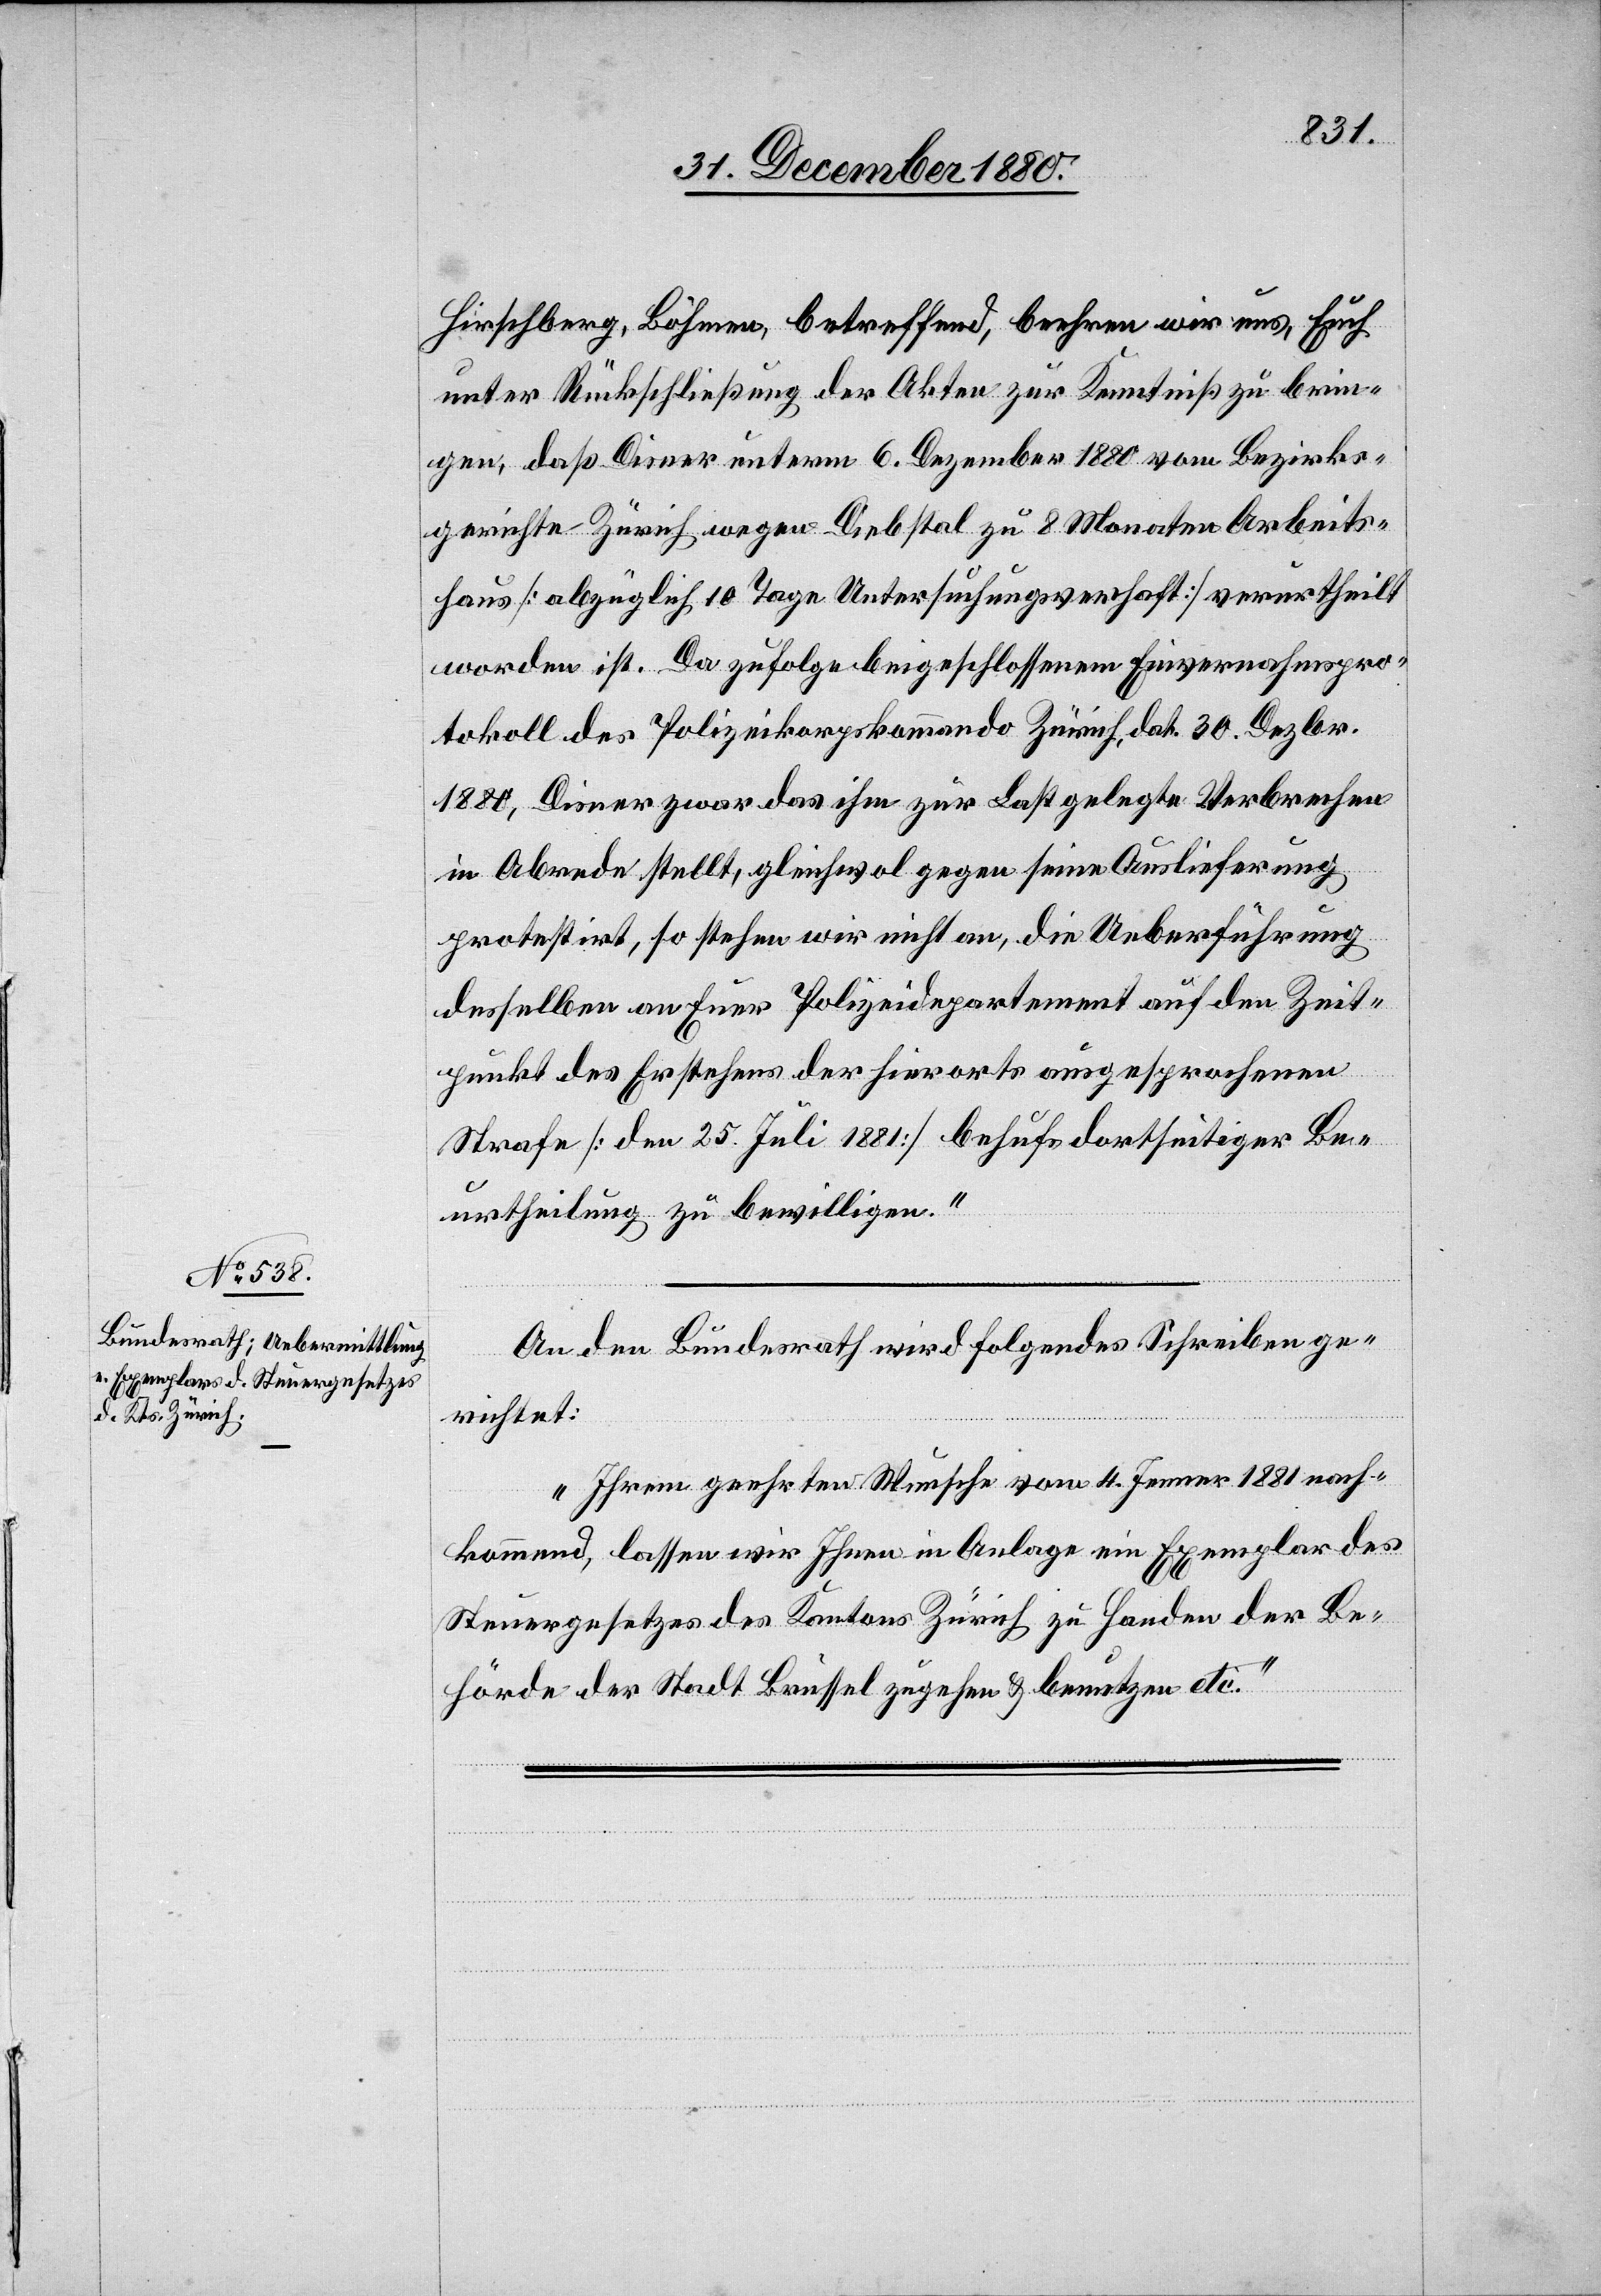
1880.
Hirschberg, Böhmen, betreffend, beehren wir uns, Euch
unter Rückschließung der Akten zur Kenntniß zu brin¬
gen, daß Diener unterm 6. Dezember 1880 vom Bezirks¬
gerichte Zürich wegen Diebstal zu 8 Monaten Arbeits¬
haus [abzüglich 10 Tage Untersuchungsverhaft] verurtheilt
worden ist. Da zufolge beigeschlossenem Einvernahmspro¬
tokoll des Polizeikorpskommando Zürich, dat. 30. Dezbr.
1880, Diener zwar das ihm zur Last gelegte Verbrechen
in Abrede stellt, gleichwol gegen seine Auslieferung
protestirt, so stehen wir nicht an, die Ueberführung
desselben an Euer Polizeidepartement auf den Zeit¬
punkt des Erstehens der hierorts ausgesprochenen
Strafe [den 25. Juli 1881] behufs dortseitiger Be¬
urtheilung zu bewilligen.“
An den Bundesrath wird folgendes Schreiben ge¬
richtet:
„Ihrem geehrten Wunsche vom 4. Jenner 1881 nach¬
kommend, lassen wir Ihnen in Anlage ein Exemplar des
Steuergesetzes des Kantons Zürich zu Handen der Be¬
hörde der Stadt Brüssel zugehen & benutzen etc.“